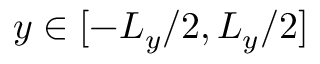
y \in [ - L _ { y } / 2 , L _ { y } / 2 ]